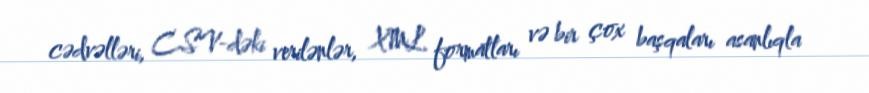
cədvəlləri, CSV-dəki verilənlər, XML formatları və bir çox başqaları asanlıqla